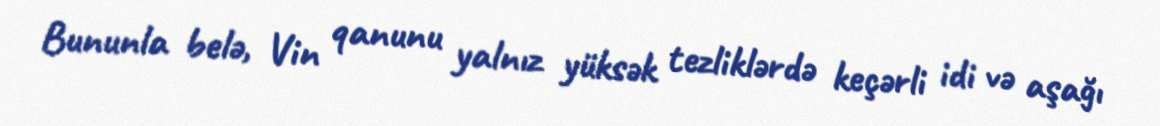
Bununla belə, Vin qanunu yalnız yüksək tezliklərdə keçərli idi və aşağı